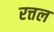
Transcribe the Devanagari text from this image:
रत्तल